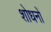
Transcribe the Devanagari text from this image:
शोधनों